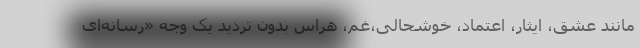
مانند عشق، ایثار، اعتماد، خوشحالی،غم، هراس بدون تردید یک وجه «رسانه‌ای